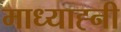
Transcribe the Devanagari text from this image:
माध्याह्नी